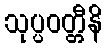
သုပ္ပဝတ္တီနိ